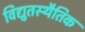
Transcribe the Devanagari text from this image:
विद्युतस्थैतिक